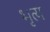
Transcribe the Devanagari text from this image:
भृत्‍य